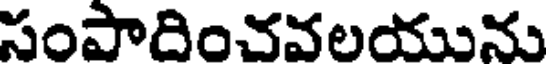
సంపాదించవలయును